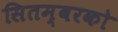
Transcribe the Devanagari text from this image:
सितम्बरको